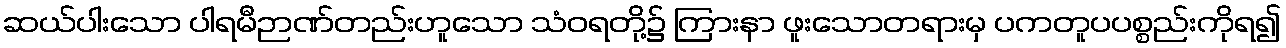
ဆယ်ပါးသော ပါရမီဉာဏ်တည်းဟူသော သံဝရတို့၌ ကြားနာ ဖူးသောတရားမှ ပကတူပပစ္စည်းကိုရ၍